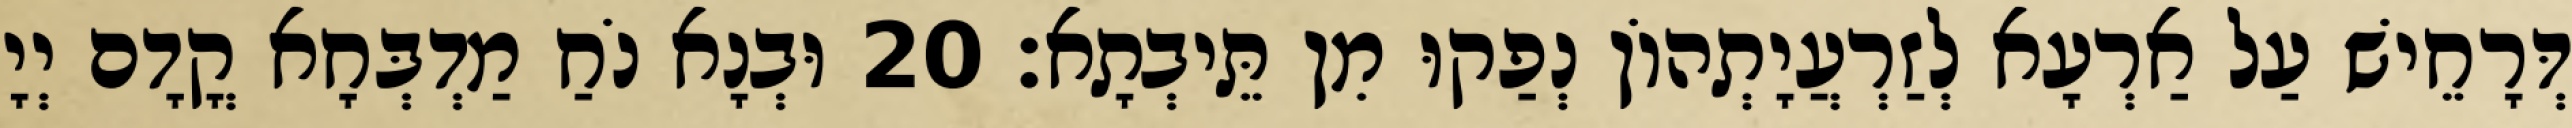
דְּרָחֵישׁ עַל אַרְעָא לְזַרְעֲיָתְהוֹן נְפַקוּ מִן תֵּיבְתָא׃ 20 וּבְנָא נֹחַ מַדְבְּחָא קֳדָם יְיָ